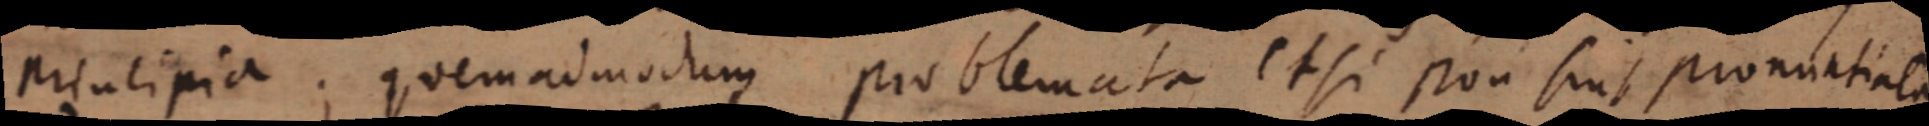
priulipia; quemadmodum problemata et si non sint pronuntiala